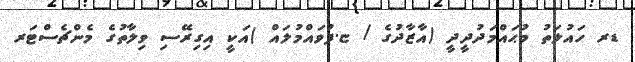
ޑރ ހައުލަތު މުޙައްމަދުދީދީ (އާޒާދުގެ / ޏ.ފުވައްމުލައް )އަކީ އިގިރޭސި ވިލާތުގެ މެންޗެސްޓަރ